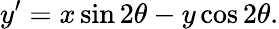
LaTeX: y^{\prime}=x\sin 2\theta-y\cos 2\theta.